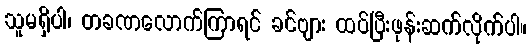
သူမရှိပါ၊ တခဏလောက်ကြာရင် ခင်ဗျား ထပ်ပြီးဖုန်းဆက်လိုက်ပါ။